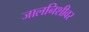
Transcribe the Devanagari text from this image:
जालनिशीवर